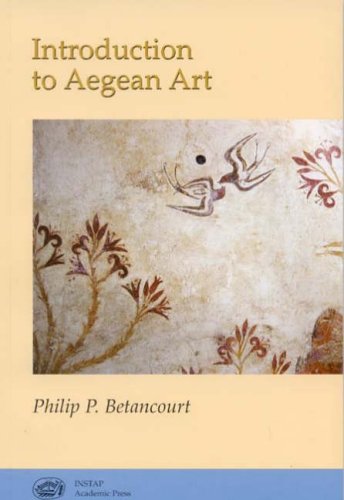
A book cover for Introduction to Aegean Art; Philip P. Betancourt; History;